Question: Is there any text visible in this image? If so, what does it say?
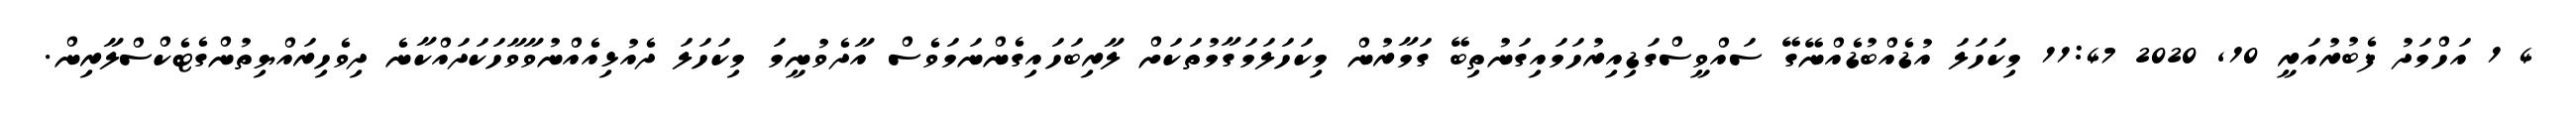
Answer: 4 1 އަހްމަދު ފެބުރުއަރީ 10, 2020 11:47 މިކަހަލަ އުޑެއްބުޑެއްނޭގޭ ސައްވީސްގަޑިއިރުހަމައިގަނުތިބޭ ގަމާރުން މިކަހަލަމަގާމުތަކަށް ލާރިބަހައިގެންނަމަވެސް އާދެވުނީމަ މިކަހަލަ ދެއުޅިއެއްނުވާވާހަކަދައްކާނެ ދިވެހިރައްޔިތުންގެޓެކްސްލާރިން.